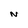
Character: N